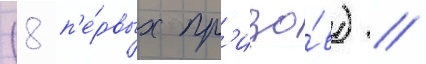
(8 п'е́рвых пр'изо́в) //